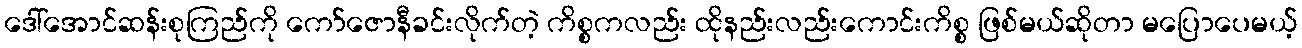
ဒေါ်အောင်ဆန်းစုကြည်ကို ကော်ဇောနီခင်းလိုက်တဲ့ ကိစ္စကလည်း ထိုနည်းလည်းကောင်းကိစ္စ ဖြစ်မယ်ဆိုတာ မပြောပေမယ့်